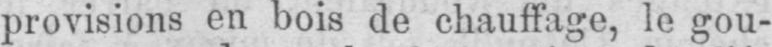
provisions en bois de chauffage, le gou-